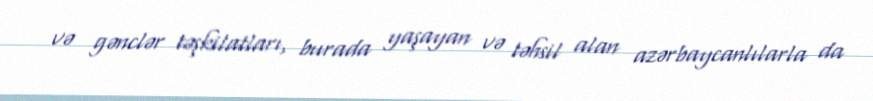
və gənclər təşkilatları, burada yaşayan və təhsil alan azərbaycanlılarla da